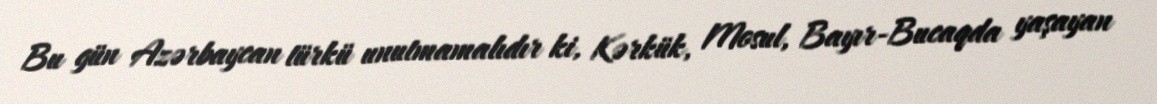
Bu gün Azərbaycan türkü unutmamalıdır ki, Kərkük, Mosul, Bayır-Bucaqda yaşayan